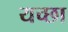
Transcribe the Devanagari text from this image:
यच्छा